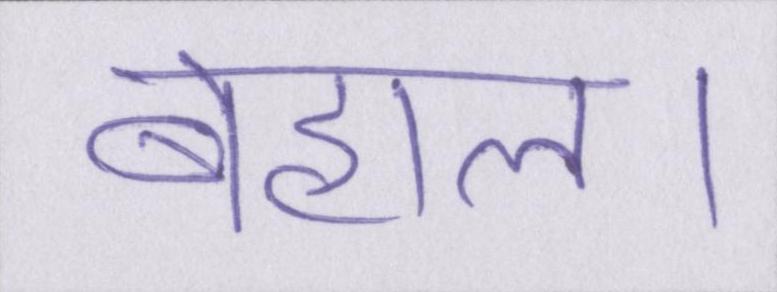
बेहाल।